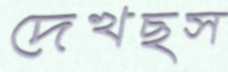
দেখছস